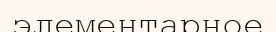
элементарное